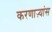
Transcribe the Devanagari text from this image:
करणाऱ्यांस